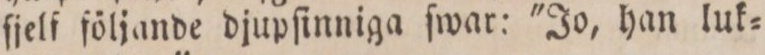
ſjelf följande djupſinniga ſwar: 'Jo, han luk=